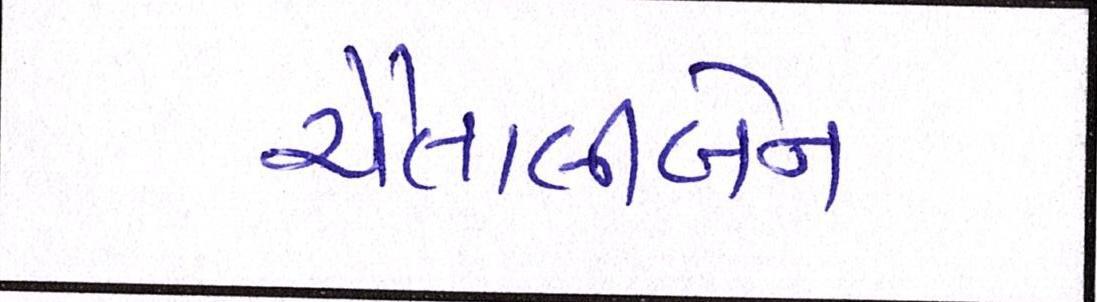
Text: ચૈતાલીબેન